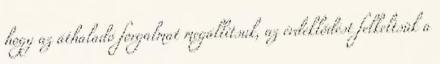
hogy az áthaladó forgalmat megállítsuk, az érdeklődést felkeltsük a